Scottish Leaving Certificate Examination, 1956
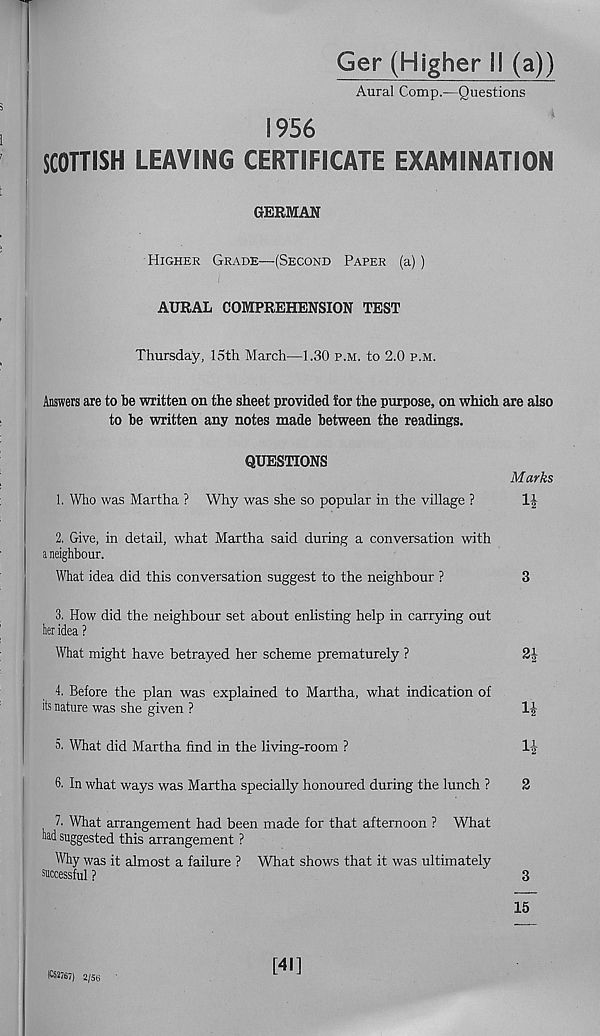
Ger (Higher 81 (a))
Aural Comp.—Questions
1956
SCOTTISH LEAVING CERTIFICATE EXAMINATION
GERMAN
Higher Grade—(Second Paper (a))
AURAL COMPREHENSION TEST
Thursday, 15th March—1.30 p.m. to 2.0 p.m.
Answers are to be written on the sheet provided for the purpose, on which are also
to be written any notes made between the readings.
QUESTIONS
1. Who was Martha ? Why was she so popular in the village ?
Marks
1J
2. Give, in detail, what Martha said during a conversation with
a neighbour.
What idea did this conversation suggest to the neighbour ?
3
3. How did the neighbour set about enlisting help in carrying out
tier idea ?
What might have betrayed her scheme prematurely ?
2|
4. Before the plan was explained to Martha, what indication of
its nature was she given ?
1-J
5. What did Martha find in the living-room ?
6. In what ways was Martha specially honoured during the lunch ?
2
7. What arrangement had been made for that afternoon ? What
had suggested this arrangement ?
Why was it almost a failure ? What shows that it was ultimately
successful ?
3
15
l«»67) 2/56
[41]